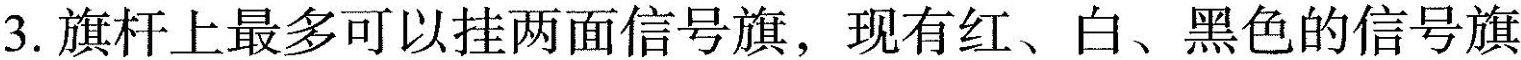
3.旗杆上最多可以挂两面信号旗，现有红、白、黑色的信号旗